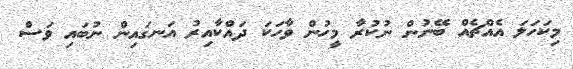
މިކަހަލަ އެއްޗެއް ބޭނުން ނުކުރާ މީހުން ވާހަކަ ދައްކާއިރު އަނގައިން ނުބައި ވަސް